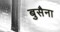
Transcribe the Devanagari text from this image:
बुसैना